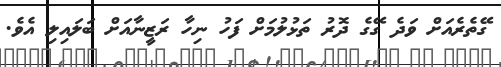
ގޭތެރެއަށް ވަދެ ގޭގެ ދޮރު ތަޅުލުމަށް ފަހު ނިހާ ރަޒީނާއަށް ބަލައިލި އެވެ.